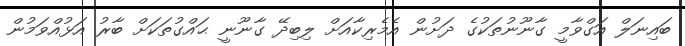
ބައިނަލް އަގްވާމީ ގާނޫނުތަކުގެ ދަށުން އެމެރިކާއަށް ލިބިދޭ ގާނޫނީ ޙައްގުތަކަށް ބާރު އަޅުއްވަމުން